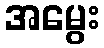
အမွေး